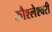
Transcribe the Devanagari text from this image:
कौश्लेश्वरी